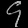
Digit: ၄